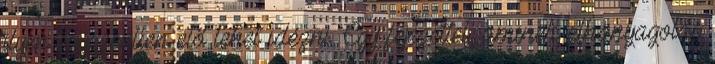
ilyen egyszerűen elő lehet idézni. Egy fejezettel, aminek elhanyagolás